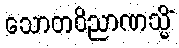
သောတဝိညာဏသ္မိံ